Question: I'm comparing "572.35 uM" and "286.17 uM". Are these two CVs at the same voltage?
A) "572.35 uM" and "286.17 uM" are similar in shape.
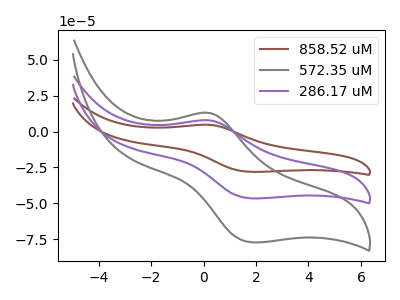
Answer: <think>The brown curve "858.52 uM" has an anodic peak at (0.20V, 15.65uA) and a cathodic peak at (1.85V, -93.10uA). The gray curve "572.35 uM" has an anodic peak at (0.20V, 12.95uA) and a cathodic peak at (1.85V, -77.20uA). The purple curve "286.17 uM" has an anodic peak at (0.20V, 7.80uA) and a cathodic peak at (1.85V, -46.55uA).
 All the peaks in "572.35 uM" have a peak in "286.17 uM" at the same potential. Every peak in "572.35 uM" is higher than every peak in "286.17 uM".</think>
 <answer>A) "572.35 uM" and "286.17 uM" are similar in shape.</answer>
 <eval>A</eval>